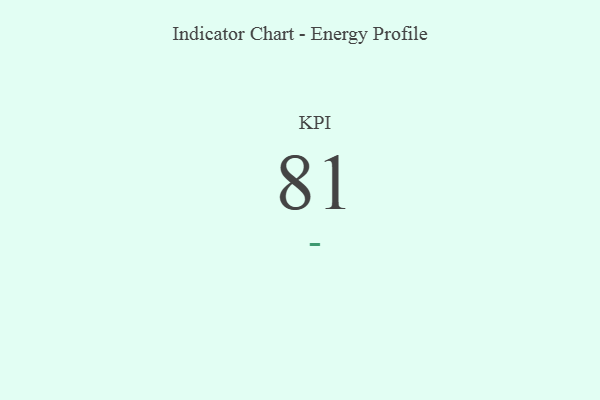
{"axis": {"x": "KPI", "y": "Value"}, "legend": [""], "data": [{"x": "KPI", "y": 81, "type": ""}]}